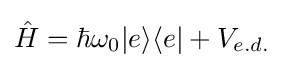
{\hat {H}}=\hbar \omega _{0}|e\rangle \langle e|+V_{e.d.}